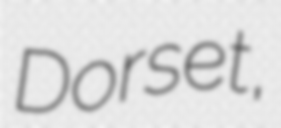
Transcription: Dorset,